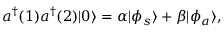
a ^ { \dagger } ( 1 ) a ^ { \dagger } ( 2 ) | 0 \rangle = \alpha | \phi _ { s } \rangle + \beta | \phi _ { a } \rangle ,